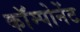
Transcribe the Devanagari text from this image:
काॅम्पोनेंट